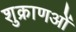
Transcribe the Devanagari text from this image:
शुक्राणओं